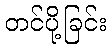
တင်ပို့ခြင်း